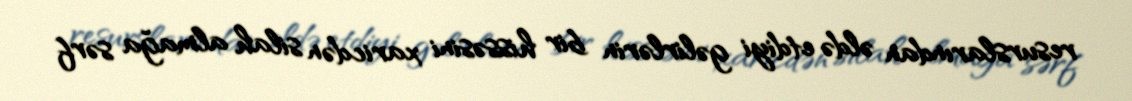
resurslarından əldə etdiyi gəlirlərin bir hissəsini xaricdən silah almağa sərf